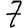
Digit: 7